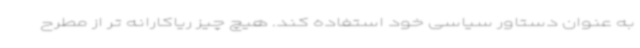
به عنوان دستاور سیاسی خود استفاده کند. هیچ چیز ریاکارانه تر از مطرح